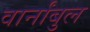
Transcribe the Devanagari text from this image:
वार्नांबुल